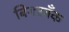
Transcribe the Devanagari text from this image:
बिगरबँक